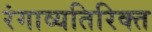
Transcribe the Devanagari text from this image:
रंगाव्यतिरिक्त